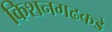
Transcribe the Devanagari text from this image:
किशनगढकडे